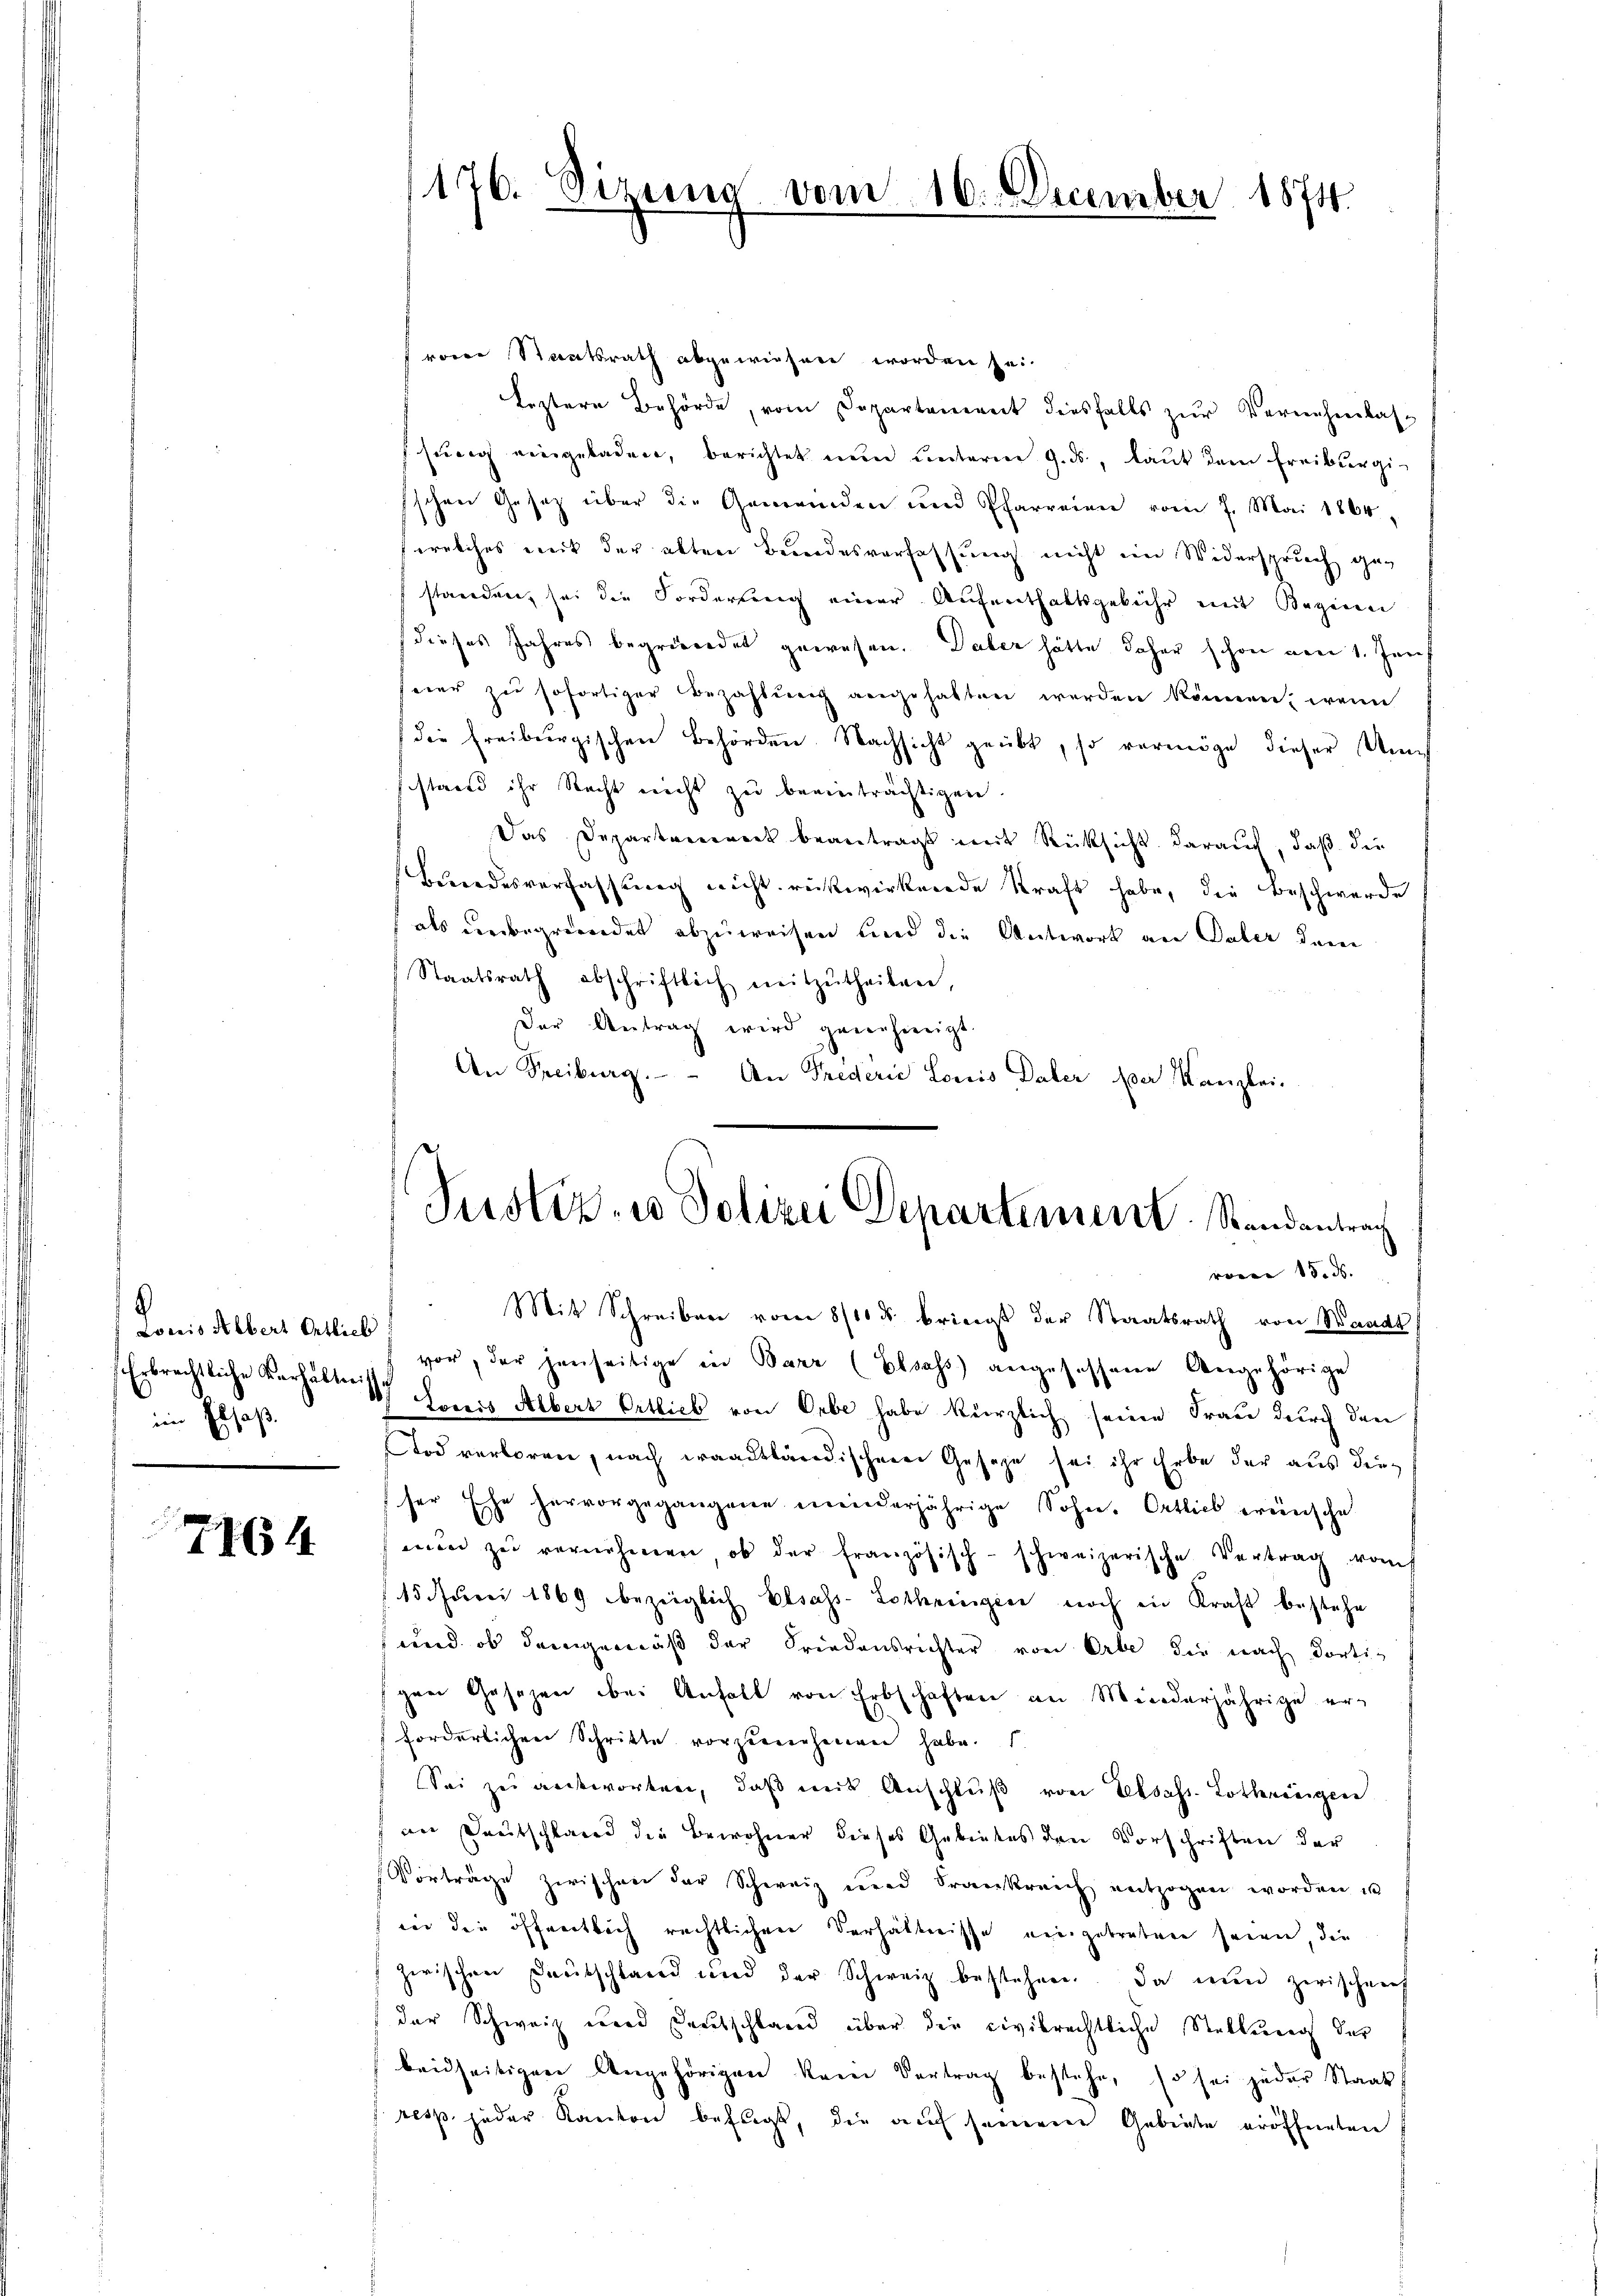
E
Laris Albert Orthiel
im Elsaß,

7164

176. Sizung vom 16. December 1874.

voren Staatsrath abgewiesen worden sei.
leztere Behörde, vom Departement diesfalls zur Vernehmlasssŭng eingeladen, berichtet nŭn ŭnterm 9. ds., laŭt dem Freiburgi-
sschen Gesetz über die Gemeinden und Pfarreien vom 7. Mai 1864,
(welches mit der alten Bundesverfassung nicht im Widerspruch ge-
standen, sei die Forderung einer Aufenthaltsgebühr mit Beginn
dieses Jahres begründet gewesen. Daber hätte daher schon von 1. Jans
seer zŭ sofortiger Bezahlŭng angehalten werden können, wenn
die Freiburgischen Behörden. Nachsicht geübt, so vermöge dieser Ums
sistand ihr Recht nicht zu beeinträchtigen.
Das Departement beantragt mit Rücksicht darauch, daß die
Bundesverfassung nicht rückwirkende Kraft habe, die Beschwerde
als unbegründet abzuweisen und die Antwort an Pater der
Staatsrath abschriftlich mitzŭtheilen,
Der Antrag wird genehmigt.
An Freiburg. - An Prederie Louis Daher der Kanzlei-

Justiz- u Polizei Departement. Standantrach
ronen 15. ds.

Mit Schreiben vom 8/10 d. bringt der Staatsrath von Waadt
vor, der jenseitige in Barr (Elsass angesessene Angehörige
Erbrechtliche Verhältnis mis Albert Ortlich von Erbe habe kürzlich seine Frau durch den
Tod verloren, nach waadtländischen Gesetze sei ihr Erbe der aus dieser Ehe hervorgegangene minderjährige Sohn, Ortlieb wünsche
nŭn zŭ vernehmen, ob der französisch-schweizerische Vertrag vom
15. Juni 1869 bezeiglich Elsass-Lothringere noch in Kraft bestehe
wird ob demgemäß der Friedensrichter von Erbe die nach dortigen Gesezen bei Anfall von Erbschaften an Minderjährige er-
forderlichen Schritte vorzunehmen habe.
Sei zu antworten, daß mit Anschluß von Elsass. Lothringen
an Deutschland die Bewohner dieses Gebietes den Vorschriften der
Vorträge zwischen der Schweiz und Frankreich entzogen worden u
wer die öffentlich rechtlichen Verhältnisse eingetreten seien, die
zwischen Deutschland und der Schweiz bestehen. Da nun zwischen
der Schweiz eine Deutschlages über die civilrechtliche Stellung der
beidseitigen Angehörigen kann Vertrag bestehe, so sei jeder Staats
resp. jeder Kanton befugt, die auf seinen Gebiete eröffneten